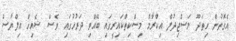
އެގޮތުން ހިތަދޫ މަސްޖިދުލް އިކްރާމް މިސްކިތްކައިރީގައި ބޭއްވި ދަރުހުގައި ވެސް ޝެއިޚް އިލްޔާސް